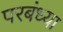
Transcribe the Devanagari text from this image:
परबंध्या